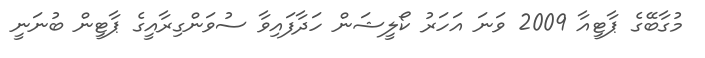
މުގާބޭގެ ޕާޓީއާ 2009 ވަނަ އަހަރު ކޯލީޝަން ހަދާފައިވާ ސުވަންގިރާއީގެ ޕާޓީން ބުނަނީ